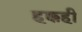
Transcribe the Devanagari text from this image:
हक्कही